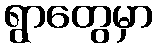
ရွာတွေမှာ